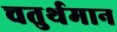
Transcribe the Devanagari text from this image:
चतुर्थमान